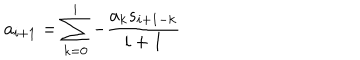
a _ { i + 1 } = \sum _ { k = 0 } ^ { i } { - \frac { a _ { k } s _ { i + 1 - k } } { i + 1 } }